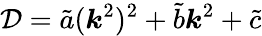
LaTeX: \mathcal{D}=\tilde{a}(\boldsymbol{k}^{2})^{2}+\tilde{b}\boldsymbol{k}^{2}+\tilde{c}